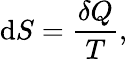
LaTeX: \mathrm{d}S={\frac{\delta Q}{T}},